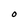
Character: O